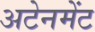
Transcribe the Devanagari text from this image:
अटेनमेंट